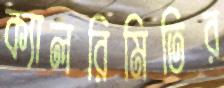
ক্যালরিমিতির